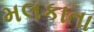
મલકાતા